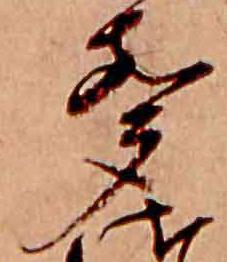
声